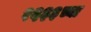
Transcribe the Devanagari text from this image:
१६३३च्या